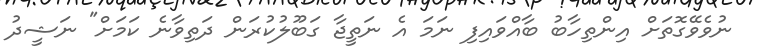
ނުވެވޭގޮތަށް އިންތިހާބު ބާއްވައިފި ނަމަ އެ ނަތީޖާ ގަބޫލުކުރަން ދަތިވާނެ ކަމަށް" ނަޝީދު